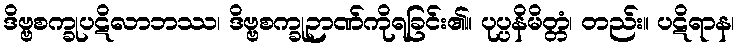
ဒိဗ္ဗစက္ခုပဋိလာဘဿ၊ ဒိဗ္ဗစက္ခုဉာဏ်ကိုရခြင်း၏။ ပုပ္ပနိမိတ္တံ၊ တည်း။ ပဋိရာန၊